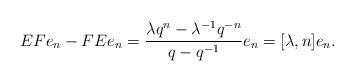
LaTeX: \begin{align*}EFe_n-FEe_n = \frac{\lambda q^{n} - \lambda^{-1}q^{-n}}{q-q^{-1}} e_n = [\lambda,n]e_n . \end{align*}